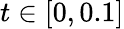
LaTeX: t\in[0,0.1]